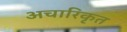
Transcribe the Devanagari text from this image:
अचारिकृत